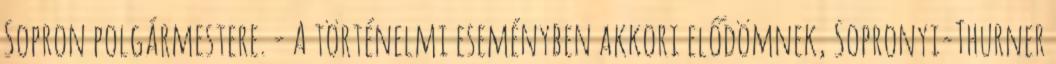
Sopron polgármestere. - A történelmi eseményben akkori elődömnek, Sopronyi-Thurner